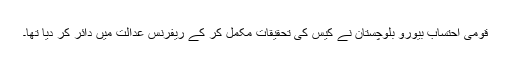
قومی احتساب بیورو بلوچستان نے کیس کی تحقیقات مکمل کر کے ریفرنس عدالت میں دائر کر دیا تھا۔